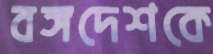
বঙ্গদেশকে